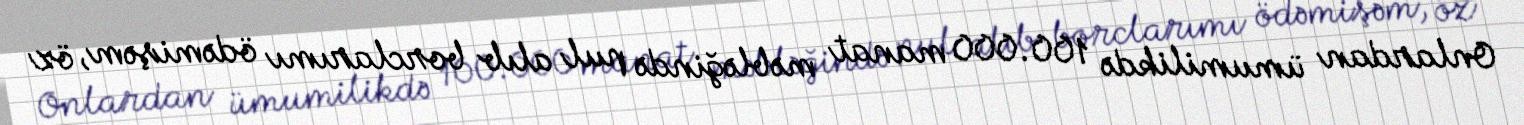
Onlardan ümumilikdə 100.000 manat məbləğində pul alıb borclarımı ödəmişəm, öz